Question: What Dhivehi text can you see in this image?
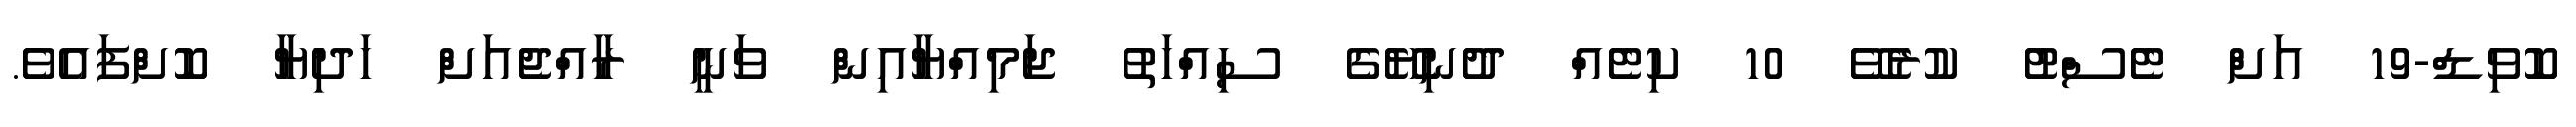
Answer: ކޮވިޑް-19 އަށް ޓެސްޓު ކުރެވޭ 10 ކިޓެއް ދުނިޔޭގެ ސިއްހަތު ޖަމިއްޔާއިން ވަނީ ރާއްޖެއަށް ހަދިޔާ ކޮށްފައެވެ.